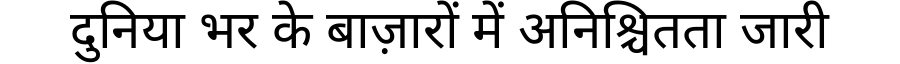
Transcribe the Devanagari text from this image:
दुनिया भर के बाज़ारों में अनिश्चितता जारी